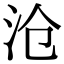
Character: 沧